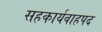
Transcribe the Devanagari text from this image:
सहकार्यवाहपद